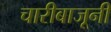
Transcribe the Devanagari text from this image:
चारीबाजूनी